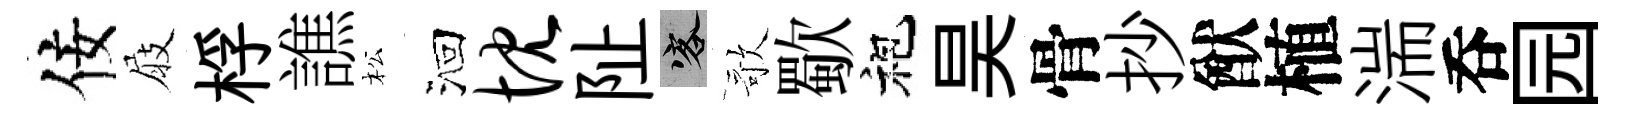
佞屐桴譙松洄忱阯客歌歜袍昊骨抄猷植湍呑园